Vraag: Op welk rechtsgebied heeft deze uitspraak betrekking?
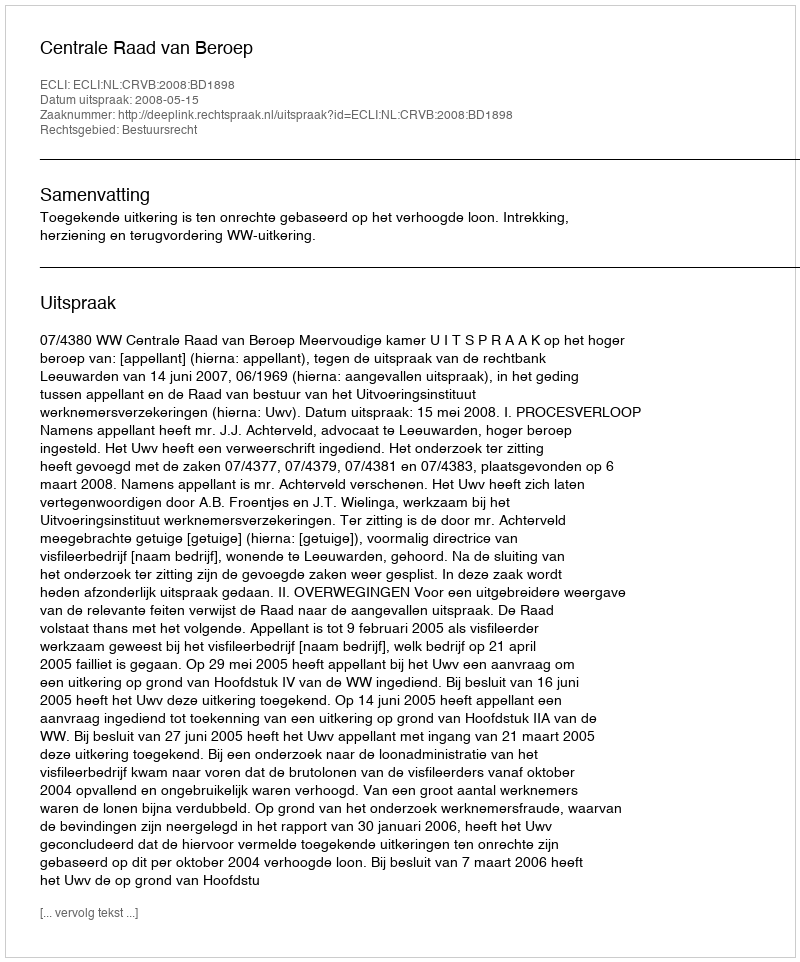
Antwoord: Bestuursrecht